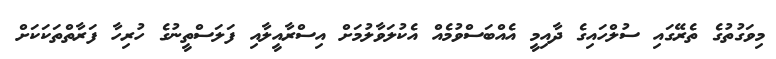
މިވަގުތުގެ ތެރޭގައި ސުލްހައިގެ ދާއިމީ އެއްބަސްވުމެއް އެކުލަވާލުމަށް އިސްރާއީލާއި ފަލަސްތީނުގެ ހުރިހާ ފަރާތްތަކަކަށް